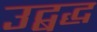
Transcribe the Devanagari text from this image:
उद्बद्ध